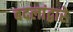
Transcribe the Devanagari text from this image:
बदलांद्वारे